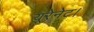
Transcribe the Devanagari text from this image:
यूरेनेट।